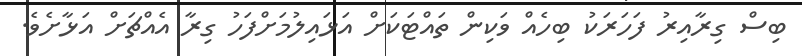
ބިސް ގިރާއިރު ފަހަރަކު ބިހެއް ވަކިން ތައްޓަކަށް އަޅައިލުމަށްފަހު ގިރާ އެއްޗަށް އަޅާށެވެ.